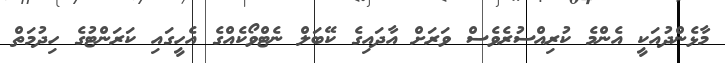
މާޅެންދުއަކީ އެންމެ ކުރިއްސުރެވެސް ވަރަށް އާދައިގެ ކޭބަލް ނެޓްވޯކެއްގެ އެހީގައި ކަރަންޓުގެ ހިދުމަތް